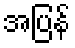
အပြန်